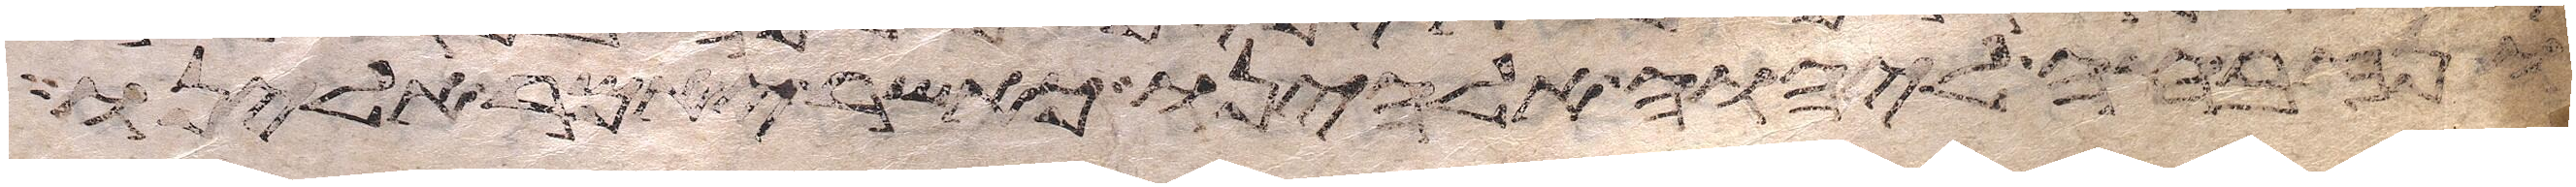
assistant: ונזבחה ליהוה אלהינו כאשר יאמר אלינו